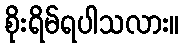
စိုးရိမ်ရပါသလား။